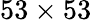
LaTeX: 53\times 53